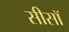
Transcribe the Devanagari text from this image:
सीसॉ